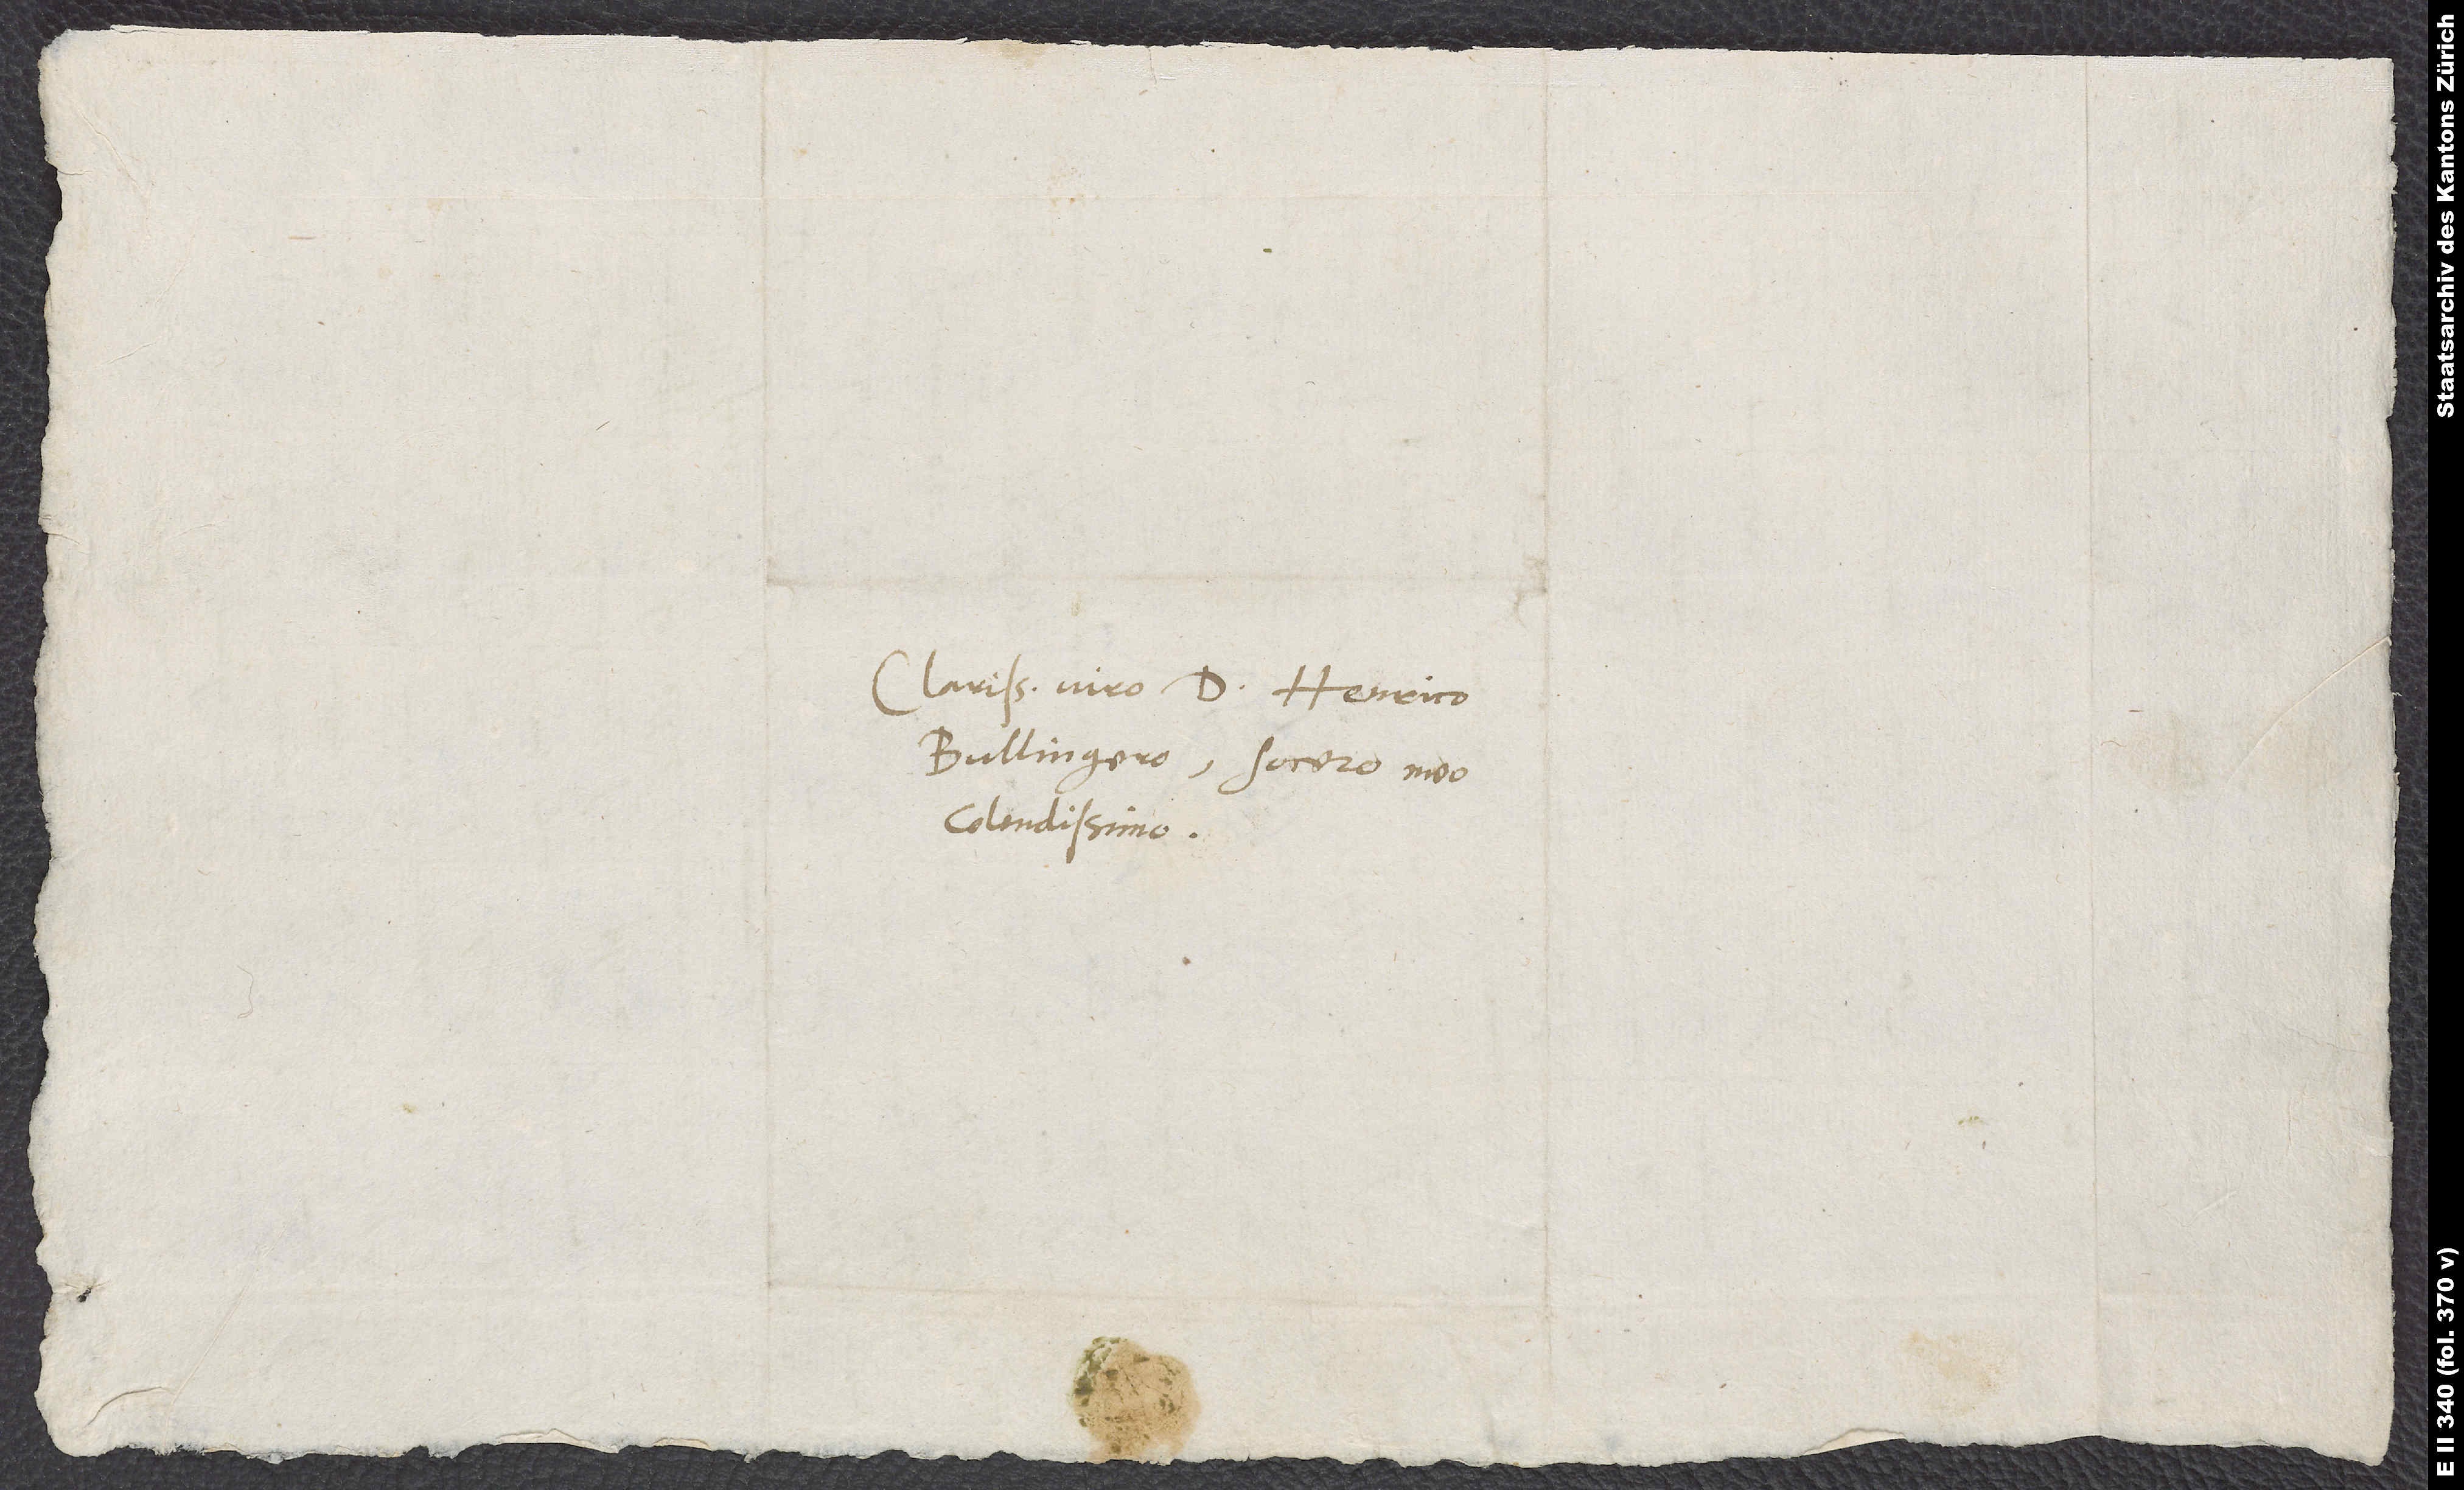
Clarissimo viro d. Henrico
Bullingero, socero meo
colendissimo.